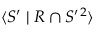
\langle S ^ { \prime } \mid R \cap S ^ { \prime } { } ^ { 2 } \rangle